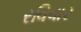
રવિવાર